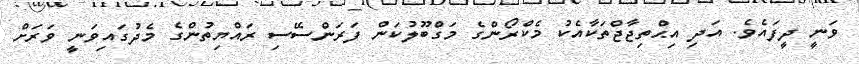
ވަނީ ދީފައެވެ. އަދި އިޙްތިޖާޖްތަކާއެކު މެކްރޯންގެ މަގްބޫލުކަން ފަރަންސޭސި ރައްޔިތުންގެ މެދުގައިވަނީ ވަރަށް